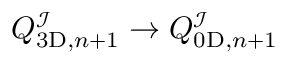
Q _ { \mathrm { 3 D } , n + 1 } ^ { \mathcal { I } } \to Q _ { \mathrm { 0 D } , n + 1 } ^ { \mathcal { I } }